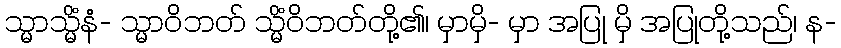
သ္မာသ္မိံနံ- သ္မာဝိဘတ် သ္မိံဝိဘတ်တို့၏၊ မှာမှိ- မှာ အပြု မှိ အပြုတို့သည်၊ န-